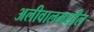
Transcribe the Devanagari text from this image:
अलीवालमधील